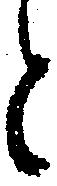
と